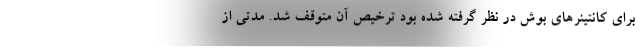
برای کانتینرهای بوش در نظر گرفته شده بود ترخیص آن متوقف شد. مدتی از